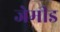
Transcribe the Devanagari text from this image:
जेमीड